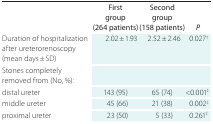
|  | First group (264 patients) | Second group (158 patients) | P |
 | --- | --- | --- | --- |
 | Duration of hospitalization after ureterorenoscopy (mean days ± SD) | 2.02 ± 1.93 | 2.52 ± 2.46 | 0.027† |
 | Stones completely removed from (No, %): |  |  |  |
 | distal ureter | 143 (95) | 65 (74) | <0.001‡ |
 | middle ureter | 45 (66) | 21 (38) | 0.002‡ |
 | proximal ureter | 23 (50) | 5 (33) | 0.261‡ |